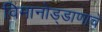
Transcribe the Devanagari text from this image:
विमानोड्डाणाचे